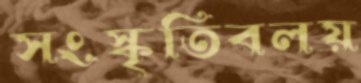
সংস্কৃতিবলয়